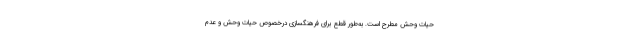
حیات وحش مطرح است. به‌طور قطع برای فرهنگسازی درخصوص حیات وحش و عدم